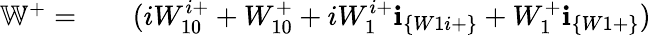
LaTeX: \begin{array}{rlr}{\mathbb{W}^{+}=}&{{}}&{(iW_{10}^{i+}+W_{10}^{+}+iW_{1}^{i+}\textbf{i}_{\{ W1i+\} }+W_{1}^{+}\textbf{i}_{\{ W1+\} })}\end{array}